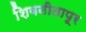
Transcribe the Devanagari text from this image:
शिवनीतापूर